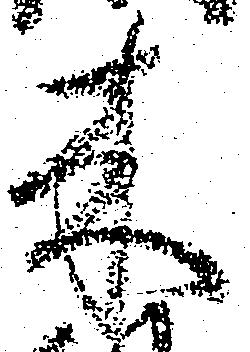
来